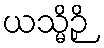
ယသ္မိဉှိ